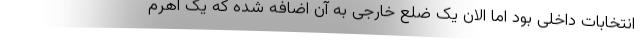
انتخابات داخلی بود اما الان یک ضلع خارجی به آن اضافه شده که یک اهرم